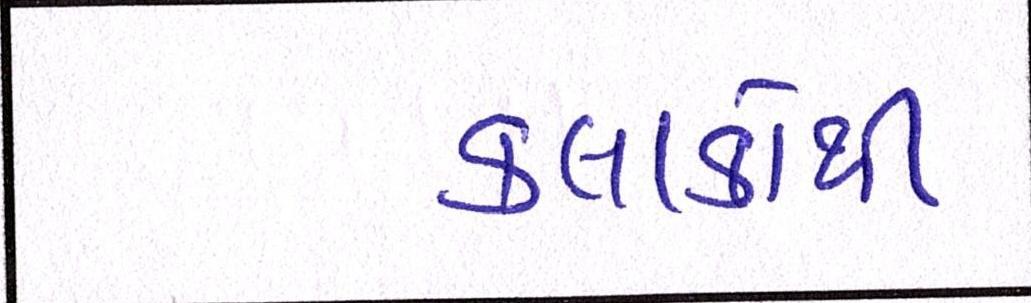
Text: કલાકોથી